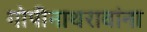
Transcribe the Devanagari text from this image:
गोपीनाथरावांना